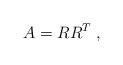
LaTeX: \begin{align*}A=RR^T\;,\end{align*}